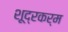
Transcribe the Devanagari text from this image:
शूद्रकर्म